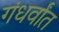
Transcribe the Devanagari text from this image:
गंधर्वांत